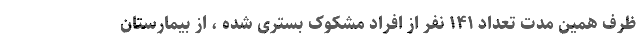
ظرف همین مدت تعداد ۱۴۱ نفر از افراد مشکوک بستری شده ، از بیمارستان